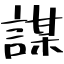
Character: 謀